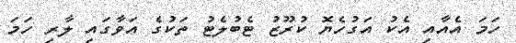
ހަމަ އެއާއި އެކު އަގުހެޔޮ ކުރޫޒު ޓެބުލެޓު ތަކުގެ އަވާގައި ލާރި ހަމަ